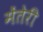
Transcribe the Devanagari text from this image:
मेंतेरी